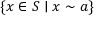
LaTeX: \{ x \in S \mid x \sim a \}